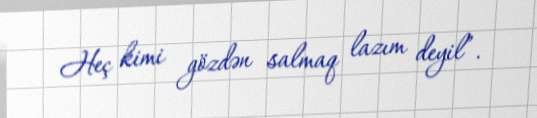
Heç kimi gözdən salmaq lazım deyil”.